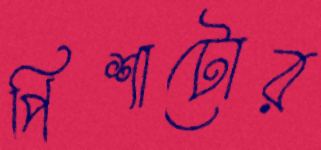
পিশাটোর